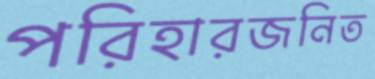
পরিহারজনিত